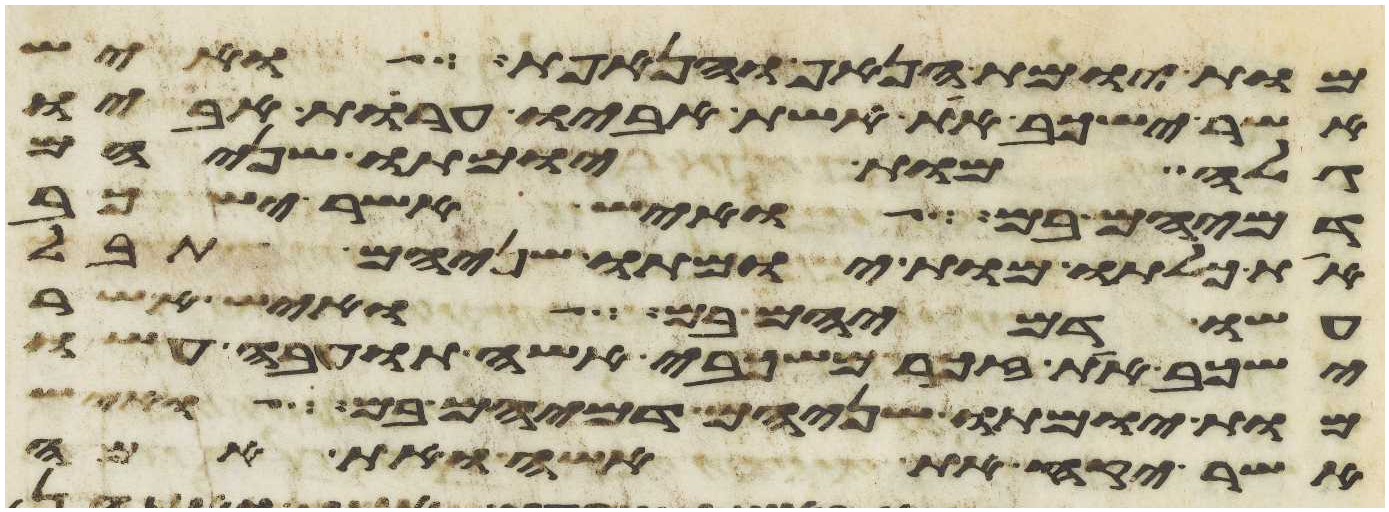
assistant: מות יומת הנאף והנאפת ואיש
אשר ישכב את אשת אביו ערות אביו
גלה מות יומתו שניהם
דמיהם בם ואיש אשר ישכב
את כלתו מות יומתו שניהם תבל
עשו דמיהם בם ואיש אשר
ישכב את זכר משכבי אשה תועבה עשו
מות יומתו שניהם דמיהם בם ואיש
אשר יקח את אשה ואת אמה